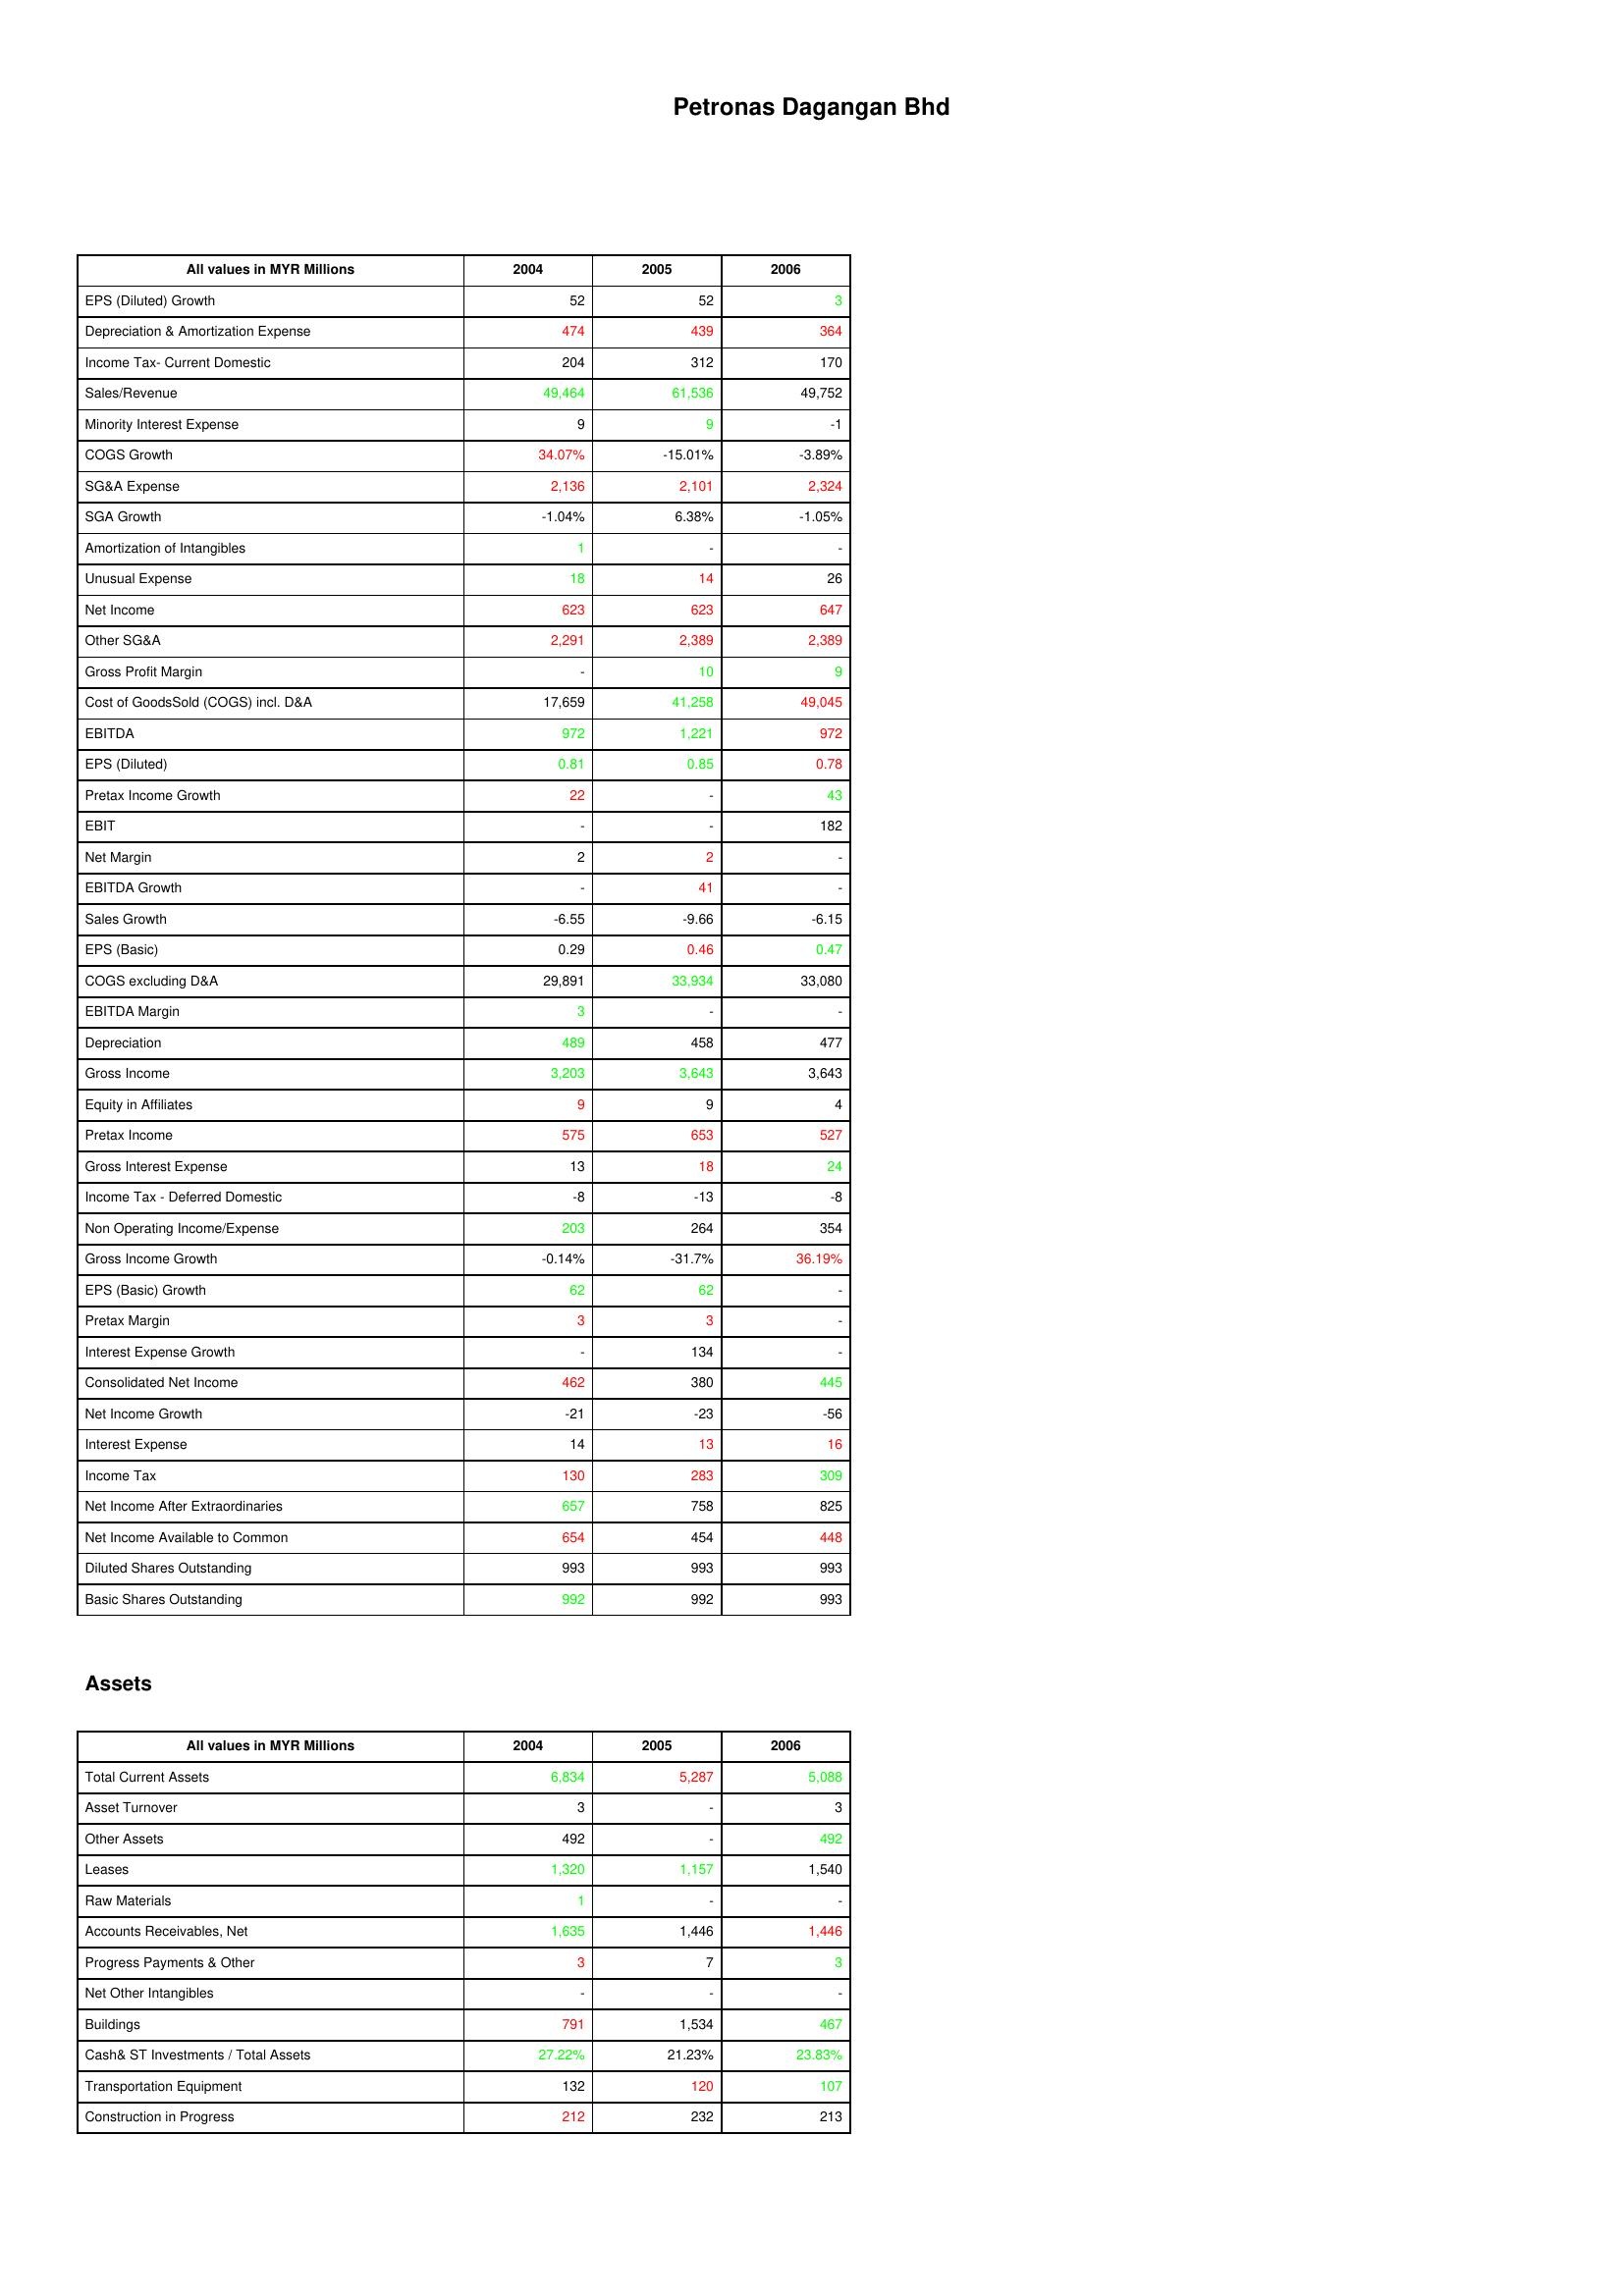
gt_parse: 2004: : EPS (Diluted) Growth: 52
Depreciation & Amortization Expense: 474
Income Tax- Current Domestic: 204
Sales/Revenue: 49,464
Minority Interest Expense: 9
COGS Growth: 34.07%
SG&A Expense: 2,136
SGA Growth: -1.04%
Amortization of Intangibles: 1
Unusual Expense: 18
Net Income: 623
Other SG&A: 2,291
Gross Profit Margin: -
Cost of GoodsSold (COGS) incl. D&A: 17,659
EBITDA: 972
EPS (Diluted): 0.81
Pretax Income Growth: 22
EBIT: -
Net Margin: 2
EBITDA Growth: -
Sales Growth: -6.55
EPS (Basic): 0.29
COGS excluding D&A: 29,891
EBITDA Margin: 3
Depreciation: 489
Gross Income: 3,203
Equity in Affiliates: 9
Pretax Income: 575
Gross Interest Expense: 13
Income Tax - Deferred Domestic: -8
Non Operating Income/Expense: 203
Gross Income Growth: -0.14%
EPS (Basic) Growth: 62
Pretax Margin: 3
Interest Expense Growth: -
Consolidated Net Income: 462
Net Income Growth: -21
Interest Expense: 14
Income Tax: 130
Net Income After Extraordinaries: 657
Net Income Available to Common: 654
Diluted Shares Outstanding: 993
Basic Shares Outstanding: 992
Assets: Total Current Assets: 6,834
Asset Turnover: 3
Other Assets: 492
Leases: 1,320
Raw Materials: 1
Accounts Receivables, Net: 1,635
Progress Payments & Other: 3
Net Other Intangibles: -
Buildings: 791
Cash& ST Investments / Total Assets: 27.22%
Transportation Equipment: 132
Construction in Progress: 212
2005: : EPS (Diluted) Growth: 52
Depreciation & Amortization Expense: 439
Income Tax- Current Domestic: 312
Sales/Revenue: 61,536
Minority Interest Expense: 9
COGS Growth: -15.01%
SG&A Expense: 2,101
SGA Growth: 6.38%
Amortization of Intangibles: -
Unusual Expense: 14
Net Income: 623
Other SG&A: 2,389
Gross Profit Margin: 10
Cost of GoodsSold (COGS) incl. D&A: 41,258
EBITDA: 1,221
EPS (Diluted): 0.85
Pretax Income Growth: -
EBIT: -
Net Margin: 2
EBITDA Growth: 41
Sales Growth: -9.66
EPS (Basic): 0.46
COGS excluding D&A: 33,934
EBITDA Margin: -
Depreciation: 458
Gross Income: 3,643
Equity in Affiliates: 9
Pretax Income: 653
Gross Interest Expense: 18
Income Tax - Deferred Domestic: -13
Non Operating Income/Expense: 264
Gross Income Growth: -31.7%
EPS (Basic) Growth: 62
Pretax Margin: 3
Interest Expense Growth: 134
Consolidated Net Income: 380
Net Income Growth: -23
Interest Expense: 13
Income Tax: 283
Net Income After Extraordinaries: 758
Net Income Available to Common: 454
Diluted Shares Outstanding: 993
Basic Shares Outstanding: 992
Assets: Total Current Assets: 5,287
Asset Turnover: -
Other Assets: -
Leases: 1,157
Raw Materials: -
Accounts Receivables, Net: 1,446
Progress Payments & Other: 7
Net Other Intangibles: -
Buildings: 1,534
Cash& ST Investments / Total Assets: 21.23%
Transportation Equipment: 120
Construction in Progress: 232
2006: : EPS (Diluted) Growth: 3
Depreciation & Amortization Expense: 364
Income Tax- Current Domestic: 170
Sales/Revenue: 49,752
Minority Interest Expense: -1
COGS Growth: -3.89%
SG&A Expense: 2,324
SGA Growth: -1.05%
Amortization of Intangibles: -
Unusual Expense: 26
Net Income: 647
Other SG&A: 2,389
Gross Profit Margin: 9
Cost of GoodsSold (COGS) incl. D&A: 49,045
EBITDA: 972
EPS (Diluted): 0.78
Pretax Income Growth: 43
EBIT: 182
Net Margin: -
EBITDA Growth: -
Sales Growth: -6.15
EPS (Basic): 0.47
COGS excluding D&A: 33,080
EBITDA Margin: -
Depreciation: 477
Gross Income: 3,643
Equity in Affiliates: 4
Pretax Income: 527
Gross Interest Expense: 24
Income Tax - Deferred Domestic: -8
Non Operating Income/Expense: 354
Gross Income Growth: 36.19%
EPS (Basic) Growth: -
Pretax Margin: -
Interest Expense Growth: -
Consolidated Net Income: 445
Net Income Growth: -56
Interest Expense: 16
Income Tax: 309
Net Income After Extraordinaries: 825
Net Income Available to Common: 448
Diluted Shares Outstanding: 993
Basic Shares Outstanding: 993
Assets: Total Current Assets: 5,088
Asset Turnover: 3
Other Assets: 492
Leases: 1,540
Raw Materials: -
Accounts Receivables, Net: 1,446
Progress Payments & Other: 3
Net Other Intangibles: -
Buildings: 467
Cash& ST Investments / Total Assets: 23.83%
Transportation Equipment: 107
Construction in Progress: 213